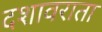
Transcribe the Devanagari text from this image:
दशावराता